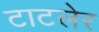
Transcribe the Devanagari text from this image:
टाटलेर